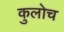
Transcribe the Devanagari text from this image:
कुलोच